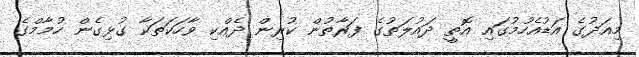
މިއަދުގެ އަޑުއެހުމުގައި އޮތީ ދައުލަތުގެ ފަރާތުން ކުރިން ދެއްކި ވާހަކަތަކާ ގުޅިގެން ހުމާމްގެ